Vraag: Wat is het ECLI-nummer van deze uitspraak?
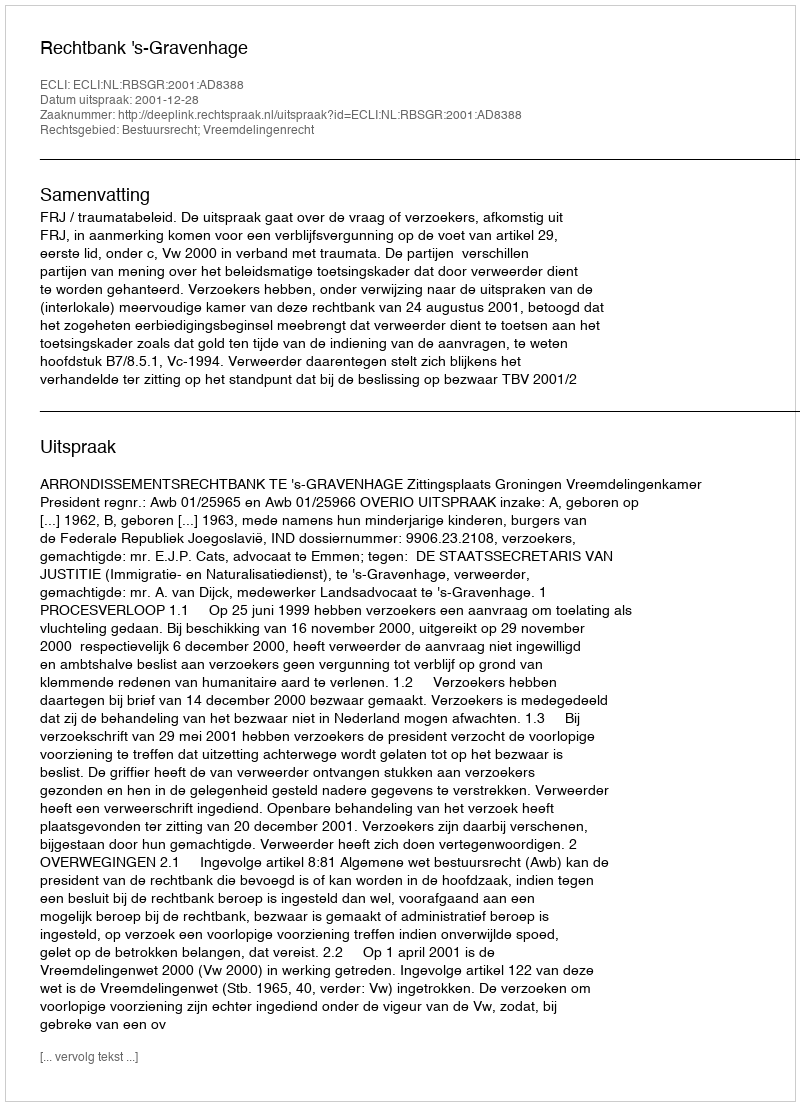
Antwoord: ECLI:NL:RBSGR:2001:AD8388